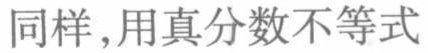
同样，用真分数不等式